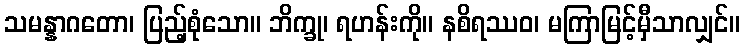
သမန္နာဂတော၊ ပြည့်စုံသော။ ဘိက္ခု၊ ရဟန်းကို။ နစိရဿဝ၊ မကြာမြင့်မှီသာလျှင်။